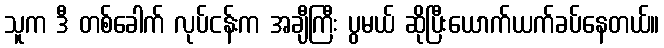
သူက ဒီ တစ်ခေါက် လုပ်ငန်းက အချီကြီး ပွမယ် ဆိုပြီးယောက်ယက်ခပ်နေတယ်။